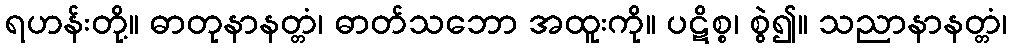
ရဟန်းတို့။ ဓာတုနာနတ္တံ၊ ဓာတ်သဘော အထူးကို။ ပဋိစ္စ၊ စွဲ၍။ သညာနာနတ္တံ၊